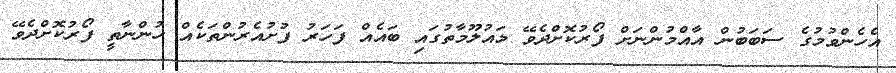
އެހެންވުމުގެ ސަބަބުން އާއްމުންނަށް ފޯރުކޮށްދެވޭ މައުލޫމާތުގައި ބައެއް ފަހަރު ފުށުއެެރުންތަކެއް ހުންނާތީ ފޯރުކޮށްދެވޭ